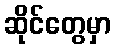
ဆိုင်တွေမှာ